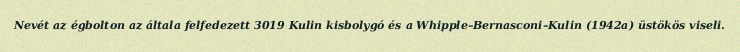
Nevét az égbolton az általa felfedezett 3019 Kulin kisbolygó és a Whipple–Bernasconi–Kulin (1942a) üstökös viseli.